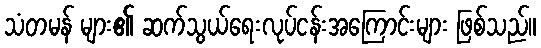
သံတမန် များ၏ ဆက်သွယ်ရေးလုပ်ငန်းအကြောင်းများ ဖြစ်သည်။